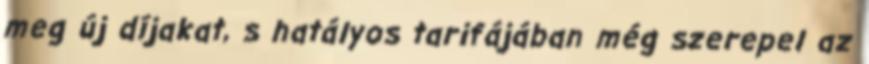
meg új díjakat, s hatályos tarifájában még szerepel az